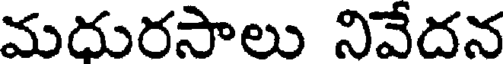
మదురసాలు నివేదన